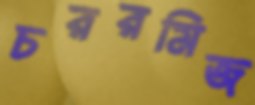
চররমিজ